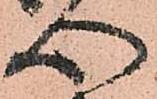
心